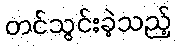
တင်သွင်းခဲ့သည့်